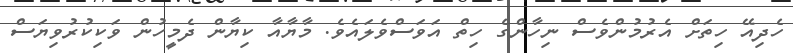
ހެދިއޭ ހިތަށް އެރުމުންވެސް ނިހާންގެ ހިތް އަވަސްވެލައެވެ. މާޔާއާ ކިޔާން ދެމީހުން ވަކިކުރުވިޔަސް